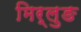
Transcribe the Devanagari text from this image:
मिर्लुङ